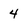
Character: 4